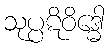
သုပ္ပဋိဝိဒ္ဓေါ